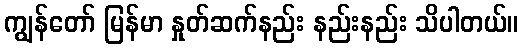
ကျွန်တော် မြန်မာ နှုတ်ဆက်နည်း နည်းနည်း သိပါတယ်။